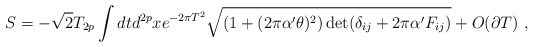
\begin{align*}S=-\sqrt{2}T_{2p}\int dt d^{2p}x e^{-2\pi T^2}\sqrt{(1+(2\pi\alpha' \theta)^2)\det (\delta_{ij}+2\pi\alpha' F_{ij})}+O(\partial T) \ ,\end{align*}